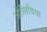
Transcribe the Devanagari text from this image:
औलिविया